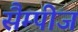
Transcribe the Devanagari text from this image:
सैम्पीज